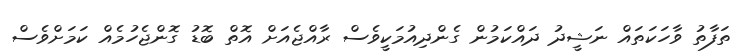
ތަފާތު ވާހަކަތައް ނަޝީދު ދައްކަމުން ގެންދިއުމަކީވެސް ރާއްޖެއަށް އޮތް ބޮޑު ގޮންޖެހުމެއް ކަމަށްވެސް